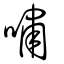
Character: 嘯